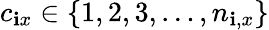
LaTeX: c_{\mathbf{i}x}\in\{ 1,2,3,\ldots,n_{\mathbf{i},x}\}